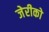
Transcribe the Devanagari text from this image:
जेरीको